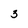
Character: 3